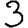
Digit: 3